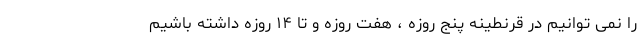
را نمی توانیم در قرنطینه پنج روزه ، هفت روزه و تا ۱۴ روزه داشته باشیم